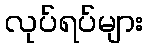
လုပ်ရပ်များ